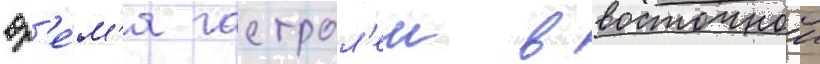
вр'е́м'я гастрол'еи в восточнои